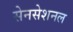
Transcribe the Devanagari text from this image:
सेनसेशनल